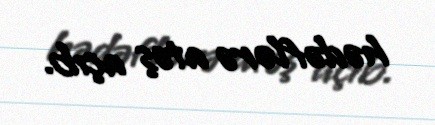
hədəflərə atəş açıb.